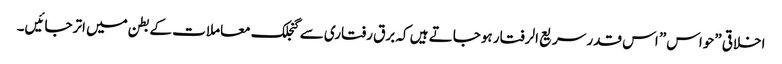
اخلاقی ”حواس” اس قدر سریع الرفتار ہوجاتے ہیں کہ برق رفتاری سے گنجلک معاملات کے بطن میں اترجائیں۔